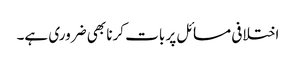
اختلافی مسائل پر بات کرنا بھی ضروری ہے۔